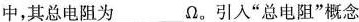
中，其总电阻为___Ω。引入”总电阻”概念